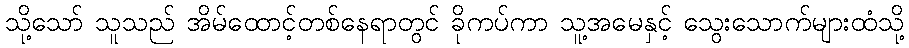
သို့သော် သူသည် အိမ်ထောင့်တစ်နေရာတွင် ခိုကပ်ကာ သူ့အမေနှင့် သွေးသောက်များထံသို့